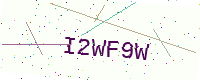
Text: I2WF9W